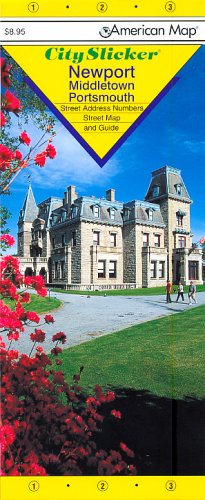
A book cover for American Map Newport/Middletown/Portsmouth Ri Slicker (City Slicker); American Map Corporation; Travel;